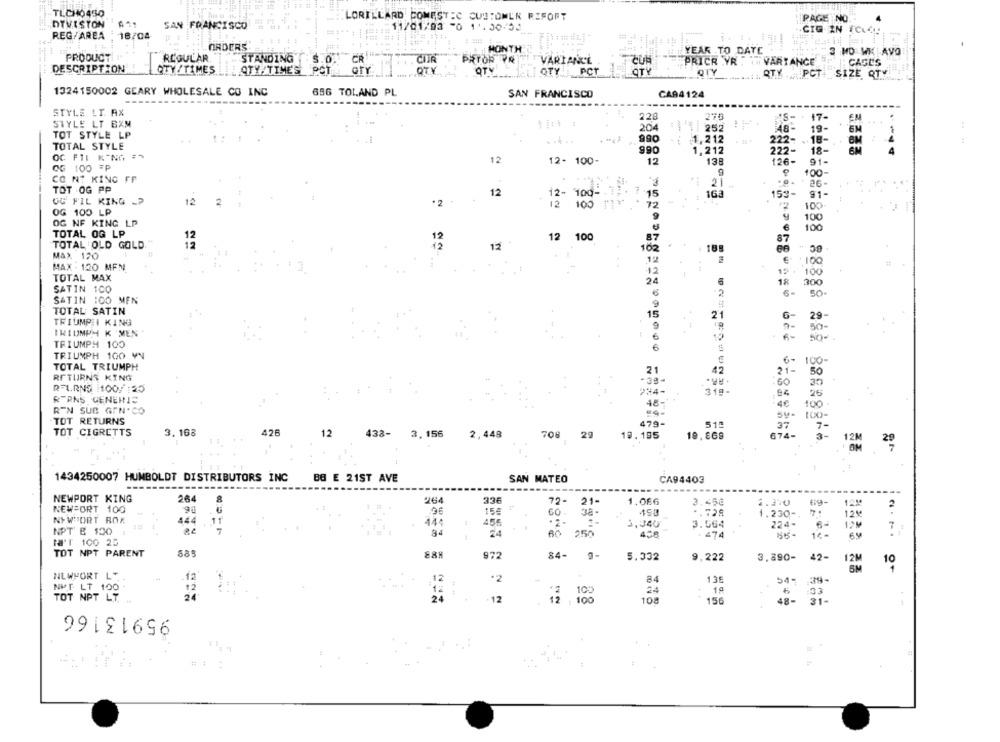
-TLCHO450
DTVISTON
C CUSTOMER RIFORT
PAGE NO.
SAN FRANCISCO
11/01/03 50 11.00/50
REG/AREA : 18/04
ORDERS"
MONTH
YEAR TO DATE
3 MD WK AVO
PRODUCT
REGULAR
STANDING
CUIR
PRYOR PR
VARIANCE
$.0.
CR
PRICE YR : IT VARIANCE
CAGES
DESCRIPTION
QTY/TIMES
STY/TIME'S
POT
QTY
QTY
L.] QTY 1 PCT
QTY
QTY .... PCT _SIZE QTY
1324150002 GEARY WHOLESALE CO INC
656 TOLAND PL
SAN FRANCISCO
CA94124
STYLE LT. AX
228
275
PS- 17-
EM
STYLE LT BXM
204
252
48-
19-
TOT STYLE LP
990
:1,212
222- . 18-
....
TOTAL STYLE
222-
18-
990
1,212
OC FTI KING
12
12- 100-
12
138
126-
91-
OG 100 =P
CO NE KING FF
9
100-
21
26-
TOT OG PP
12
12- 100-
7
15
168
153-
91-
OG FIL KING -P
12
2
*2
12
100
72
100
OG 100 LP
9
OG NF KING LP
100
100
TOTAL OG LP
12 100
87
87
TOTAL OLD GOLD
12
12
12
102
MAX 120
12
:100
MAX . 120 MEN
12
100
TOTAL MAX
24
18
300
SATIN 1CO
6-
50
SATIN ICO MEN
9
INDOOUAO
TOTAL SATIN
15
21
29
TRIUMPH KING
9
50-
TRIUMPH K 'MEN
6
TRIUMPH 100
6
TRIUMPH 100 VN
6- 100-
TOTAL TRIUMPH
21
42
21-
RETURNS KING
.60
30
RFLRNS 1009:25
234-
319-
25
RTRNS GENERIC
48-
4€
100
R'N SUB GEN.CO
su-
TOT RETURNS
479-
7-
426
12
519
37
TOT CIGRETTS
3.168
438- 3, 156
2,448
708 29
19.195
19.869
674-
12M
20
1434250007 HUMBOLDT DISTRIBUTORS INC
BB E 21ST AVE
SAN MATEO
CA94403
------
NEWPORT KING
264
336
264
72-
21-
1.066
3.450
2.370
12 !!
2
NEWPORT 100
15€
GO -
1.230 -.
12⑈
NEWPORT BOX
444
11
44:
1
456
3,340
3.564
224-
7
NPT & 100
24
250
458
474
64
Na'T 100 25
TOT NPT PARENT
585
888
972
84-
5.332
9,222
3.390-
42-
12M
10
NEWPORT L"
12
·2
84
135
.39-
NKT LT 100
12
12
10
TOT NPT LT
24
24
-12
24
156
48-
31-
95913166